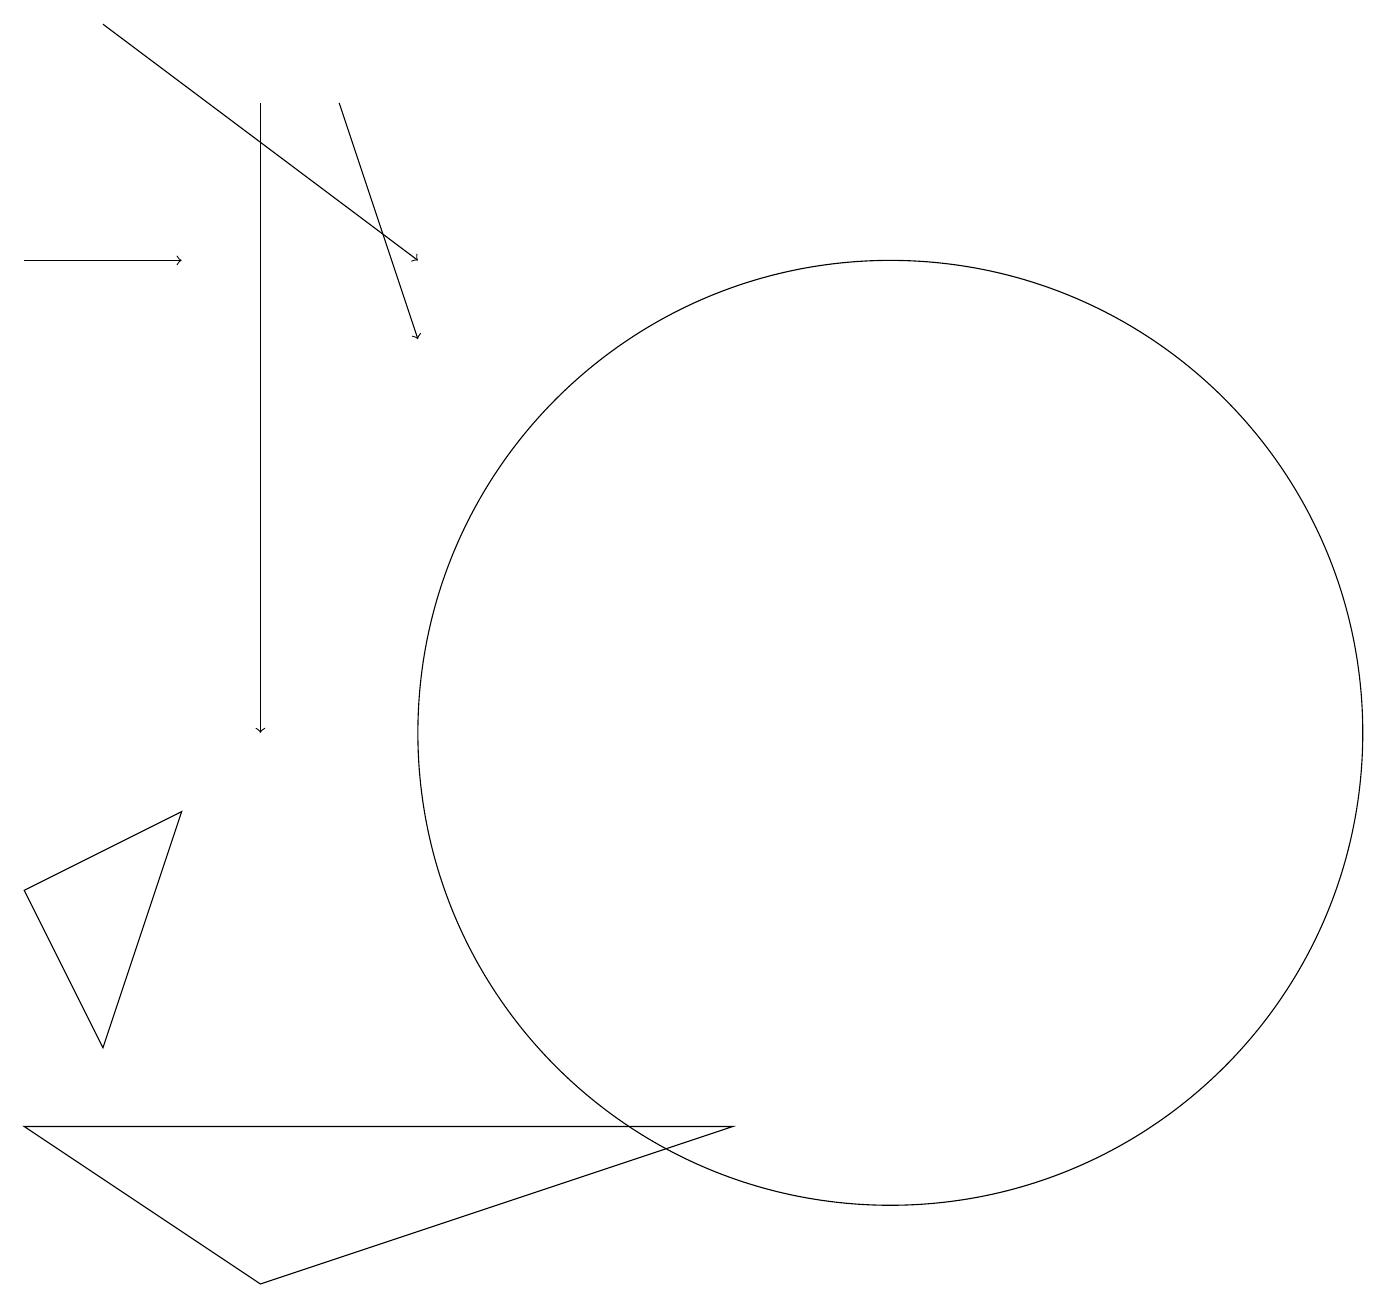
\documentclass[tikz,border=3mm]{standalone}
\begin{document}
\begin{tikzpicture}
\draw[->] (4,18) -- (5,15);
\draw (0,8) -- (2,9) -- (1,6) -- cycle;
\draw[->] (1,19) -- (5,16);
\draw (0,5) -- (3,3) -- (9,5) -- cycle;
\draw[->] (0,16) -- (2,16);
\draw[->] (3,18) -- (3,10);
\draw (11,10) circle (6);
\draw (11,10) circle (0);
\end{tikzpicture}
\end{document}